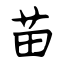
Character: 苗